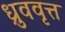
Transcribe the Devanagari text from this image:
ध्रुववृत्त